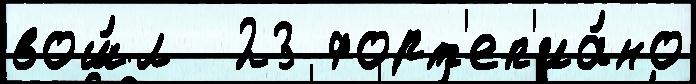
вош́л  23 форт'еп'иа́но